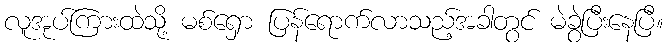
လူအုပ်ကြားထဲသို့ မစ်ရှော ပြန်ရောက်လာသည့်အခါတွင် မဲခွဲပြီးနေပြီ။